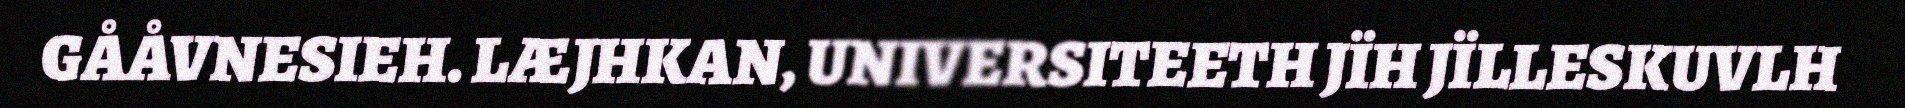
GÅÅVNESIEH. LÆJHKAN, UNIVERSITEETH JÏH JÏLLESKUVLH